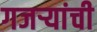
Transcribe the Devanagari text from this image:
गजर्‍यांची